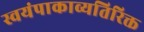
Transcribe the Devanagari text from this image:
स्वयंपाकाव्यतिरिक्त